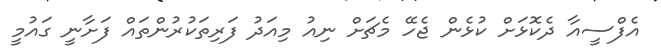
އެފްސީއާ ދެކޮޅަށް ކުޅެން ޖެހޭ މެޗަށް ނިއު މިއަދު ފަރިތަކުރުންތައް ފަށާނީ ގައުމީ